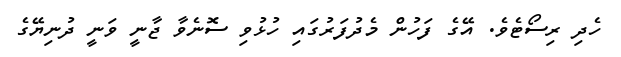
ހެދި ރިސޯޓެވެ. އޭގެ ފަހުން މެދުފަރުގައި ހުޅުވި ސޮނެވާ ޖާނީ ވަނީ ދުނިޔޭގެ